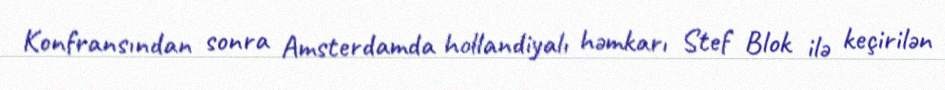
Konfransından sonra Amsterdamda hollandiyalı həmkarı Stef Blok ilə keçirilən